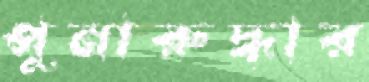
পুনারুদ্ধার